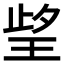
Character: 𱮻